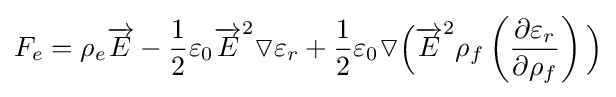
F_{e}=\rho _{e}{\overrightarrow {E}}-{1 \over 2}\varepsilon _{0}{\overrightarrow {E}}^{2}\triangledown \varepsilon _{r}+{1 \over 2}\varepsilon _{0}\triangledown {\Bigl (}{\overrightarrow {E}}^{2}\rho _{f}\left({\frac {\partial \varepsilon _{r}}{\partial \rho _{f}}}\right){\Bigr )}